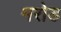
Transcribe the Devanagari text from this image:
मरोड